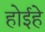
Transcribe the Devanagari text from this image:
होईहे